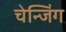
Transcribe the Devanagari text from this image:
चेन्जिंग